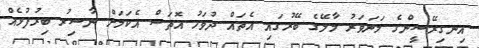
އިނގިރޭސީންގެ މަނަވަރު މާލޭގެ ބޭރުގައި އެތައް ދުވަހު އޮތަސް އެކަމަށް ނާސިރު ބިރުފުޅެއް